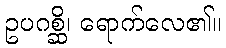
ဥပဂစ္ဆိ၊ ရောက်လေ၏။